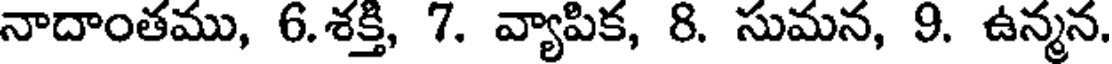
నాదాంతము, 6.శక్తి, 7. వ్యాపిక, 8. సుమన, 9. ఉన్మన.